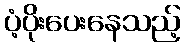
ပံ့ပိုးပေးနေသည့်